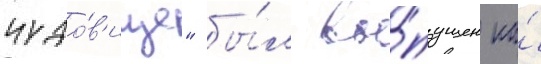
чудо́в'ище" бы́л вы́пущен на́